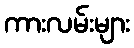
ကားလမ်းများ